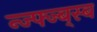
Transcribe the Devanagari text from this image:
न्ज्फ्ज्ब्स्ब